Document type: Act of concord
Year: 1255
Scribe: Pere de Terme
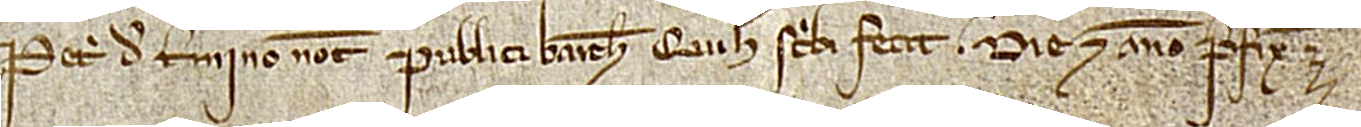
Petri de Termino, notarii publici Barchinone, qui hec scribi fecit die et anno prefixis.